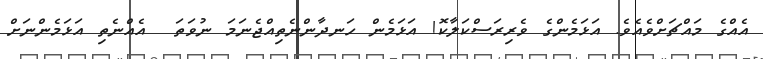
އެއްގެ މައްޗަށްވެއެވެ. އަޅަމެންގެ ވެރިރަސްކަލާކޮ! އަޅަމެން ހަނދާންނެތިއްޖެނަމަ ނުވަތަ  އެއްނެތި އަޅަމެންނަށް